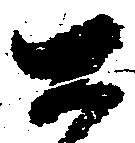
百